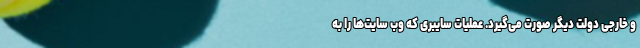
و خارجی دولت دیگر صورت می‌گیرد. عملیات سایبری که وب سایت‌ها را به